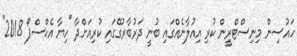
ހައުސިން މިނިސްޓްރީން ކުރި އިއުލާނެއްގައި ބުނީ ދަރުބާރުގޭގައި ކުރިއަށްދާ "ހިޔާ އެކްސްޕޯ 2018"